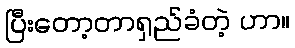
ပြီးတော့တာရှည်ခံတဲ့ ဟာ။